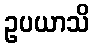
ဥပယာသိ